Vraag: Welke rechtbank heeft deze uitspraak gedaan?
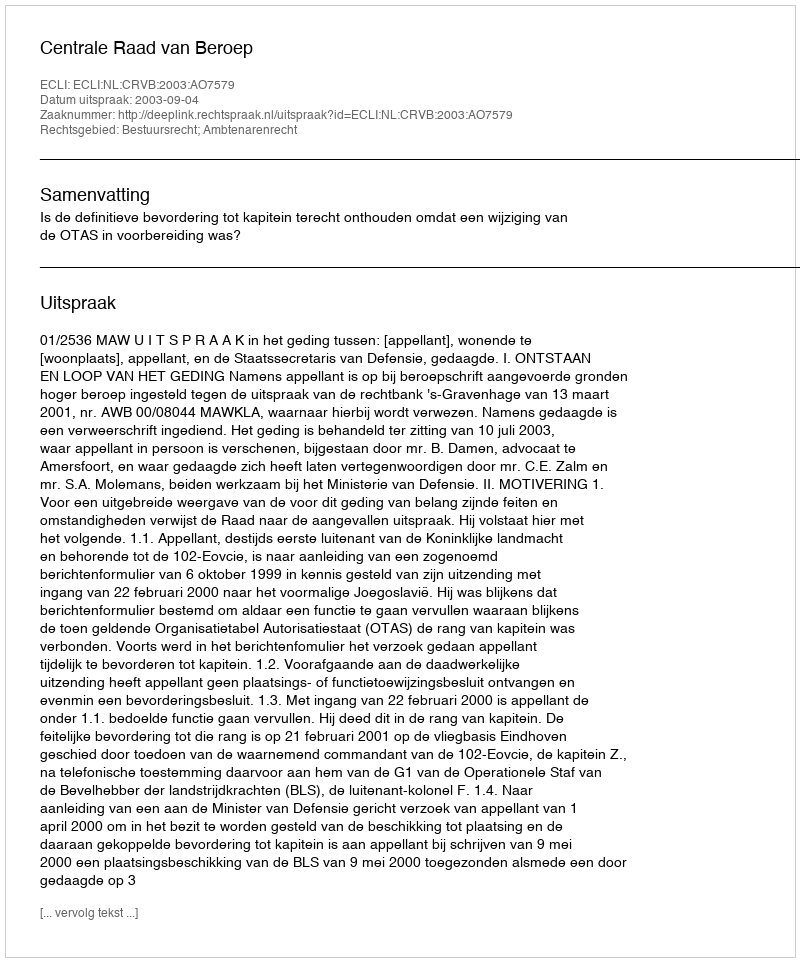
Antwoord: Centrale Raad van Beroep